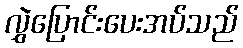
လွှဲပြောင်းပေးအပ်သည်